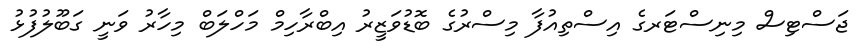
ޖަސްޓިސް މިނިސްޓަރގެ އިސްތިއުފާ މިސްރުގެ ބޮޑުވަޒީރު އިބްރާހިމް މަހްލަބް މިހާރު ވަނީ ގަބޫލުފުޅު